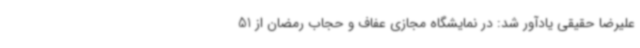
علیرضا حقیقی یادآور شد: در نمایشگاه مجازی عفاف و حجاب رمضان از 51